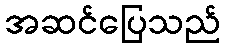
အဆင်ပြေသည်